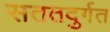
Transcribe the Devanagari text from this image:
सततदुर्गत